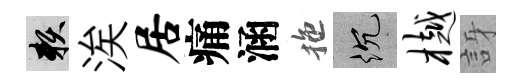
賴涘居痛涵拖沉樾訝